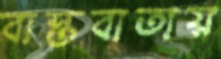
বাস্তবাতায়